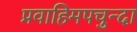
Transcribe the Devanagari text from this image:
प्रवाहिमपचुन्दा